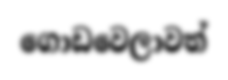
ගොඩවෙලාවත්